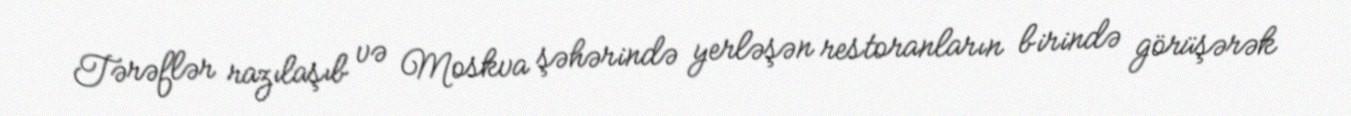
Tərəflər razılaşıb və Moskva şəhərində yerləşən restoranların birində görüşərək